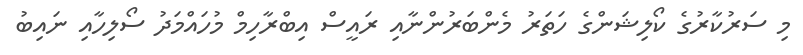
މި ސަރުކާރުގެ ކޯލިޝަންގެ ހަތަރު މެންބަރުންނާއި ރައީސް އިބްރާހިމް މުހައްމަދު ސޯލިހާއި ނައިބު